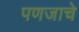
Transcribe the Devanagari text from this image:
पणजाचे